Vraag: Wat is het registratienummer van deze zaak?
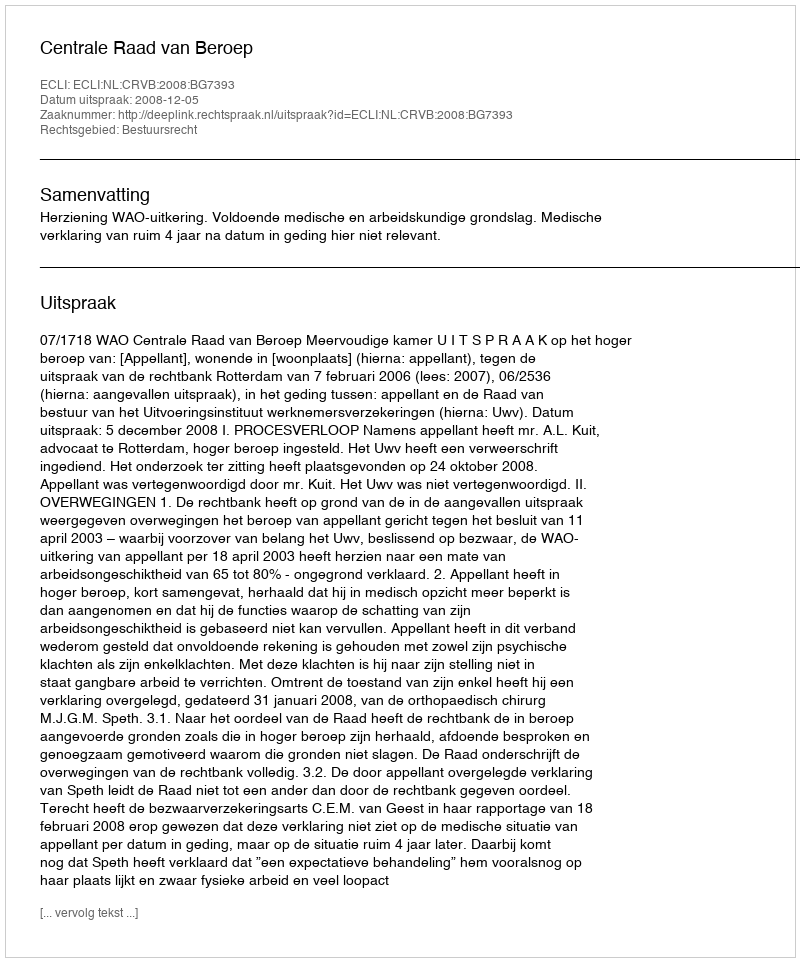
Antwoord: http://deeplink.rechtspraak.nl/uitspraak?id=ECLI:NL:CRVB:2008:BG7393